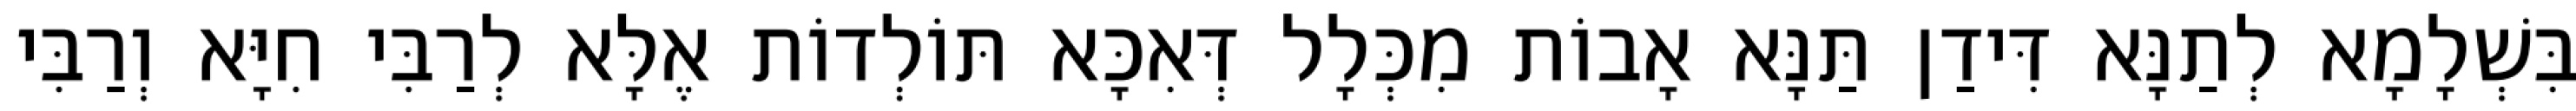
בִּשְׁלָמָא לְתַנָּא דִּידַן תַּנָּא אָבוֹת מִכְּלָל דְּאִכָּא תּוֹלְדוֹת אֶלָּא לְרַבִּי חִיָּא וְרַבִּי